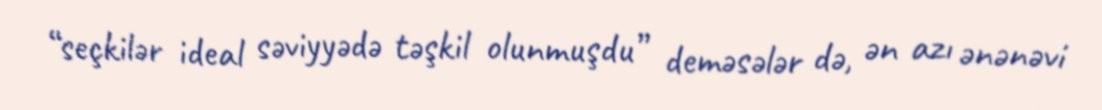
“seçkilər ideal səviyyədə təşkil olunmuşdu” deməsələr də, ən azı ənənəvi